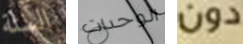
الستة الوحدات دون